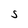
Character: S